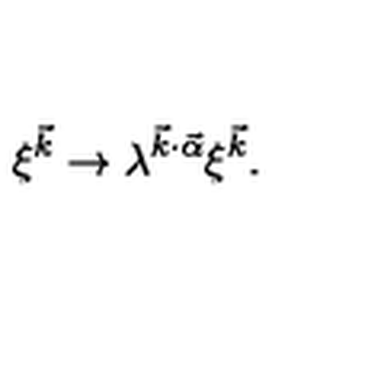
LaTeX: \xi ^ { \vec { k } } \rightarrow \lambda ^ { \vec { k } \cdot \vec { \alpha } } \xi ^ { \vec { k } } .